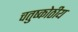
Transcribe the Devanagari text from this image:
चतुष्कोठीय